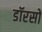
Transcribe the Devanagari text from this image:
डॉरसो